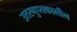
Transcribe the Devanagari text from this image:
उत्तरगुप्तकालीन